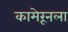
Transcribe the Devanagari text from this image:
कामेरूनला